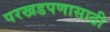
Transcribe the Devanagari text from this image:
परखडपणासाठी